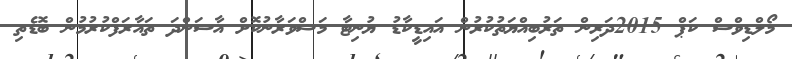
މޯލްޑިވްސް ކަޕް 2015ދަރިން ތަރުބިއްޔަތުކުރުން އައިޑީކާޑު ޔުނިޓާ މަޝްވަރާނުކޮށް އާސަންދަ ތައާރަފްކުރުމުން ބޮޑެތި